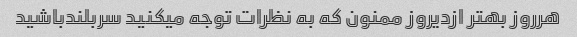
هرروز بهتر ازدیروز ممنون که به نظرات توجه میکنید سربلندباشید